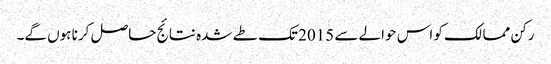
رکن ممالک کو اس حوالے سے 2015 تک طے شدہ نتائج حاصل کرنا ہوں گے۔